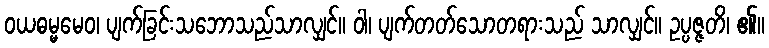
ဝယဓမ္မမေဝ၊ ပျက်ခြင်းသဘောသည်သာလျှင်။ ဝါ၊ ပျက်တတ်သောတရားသည် သာလျှင်။ ဥပ္ပဇ္ဇတိ၊ ၏။